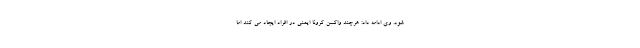
شود. وی ادامه داد: هرچند واکسن کرونا ایمنی در افراد ایجاد می کند اما